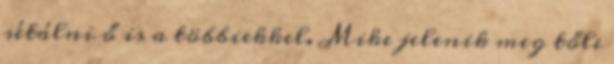
sétálni ő is a többiekkel. Mike jelenik meg tőle